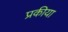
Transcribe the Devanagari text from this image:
प्रकीया